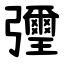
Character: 㣆